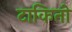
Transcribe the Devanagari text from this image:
टाकितो